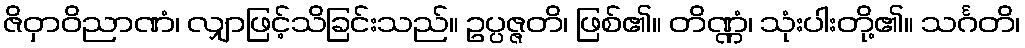
ဇိဝှာဝိညာဏံ၊ လျှာဖြင့်သိခြင်းသည်။ ဥပ္ပဇ္ဇတိ၊ ဖြစ်၏။ တိဏ္ဏံ၊ သုံးပါးတို့၏။ သင်္ဂတိ၊